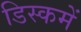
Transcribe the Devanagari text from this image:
डिस्कमें